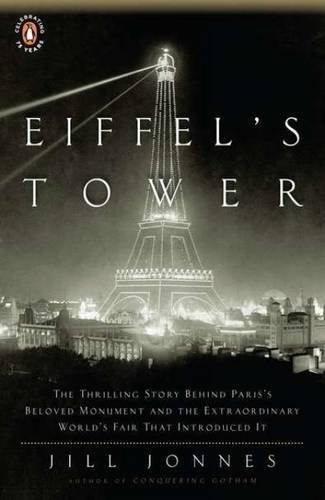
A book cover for Eiffel's Tower: The Thrilling Story Behind Paris's Beloved Monument and the Extraordinary World's Fair That Introduced It; Jill Jonnes; History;